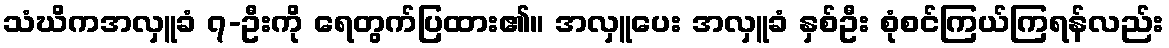
သံဃိကအလှူခံ ၇-ဦးကို ရေတွက်ပြထား၏။ အလှူပေး အလှူခံ နှစ်ဦး စုံစင်ကြယ်ကြရန်လည်း